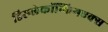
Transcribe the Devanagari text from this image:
डिस्प्लेकॉन्फिगएक्स